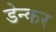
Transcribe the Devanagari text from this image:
डेन्कर